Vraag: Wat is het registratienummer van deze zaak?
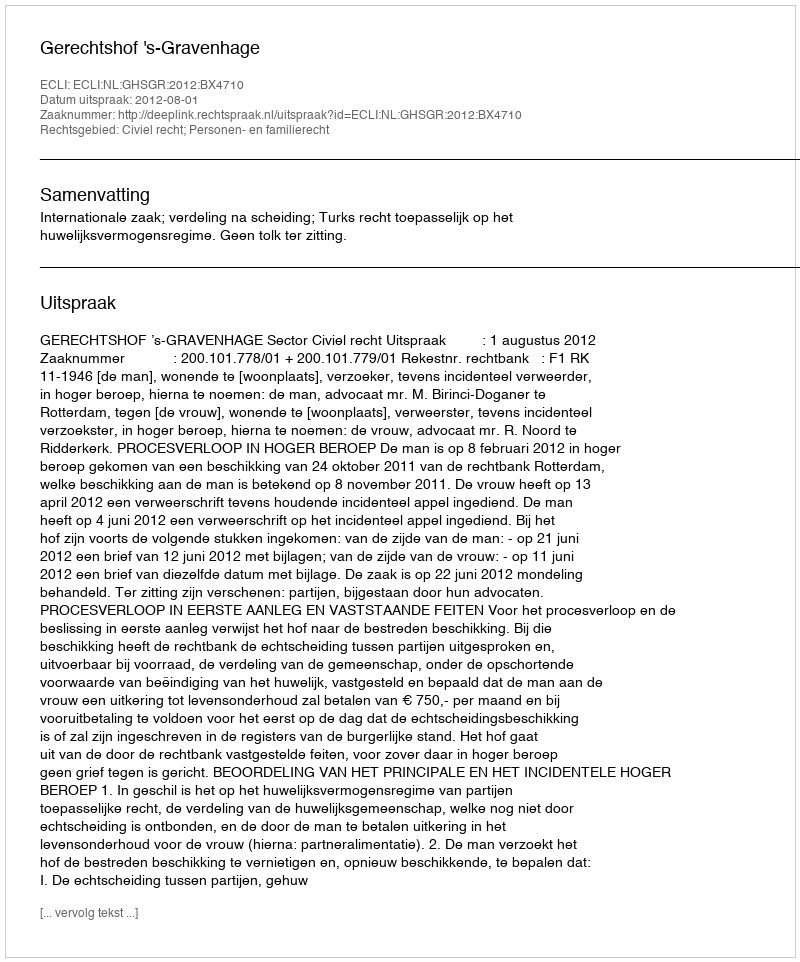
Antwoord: http://deeplink.rechtspraak.nl/uitspraak?id=ECLI:NL:GHSGR:2012:BX4710